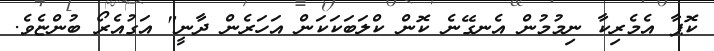
ކޮޕާ އެމެރިކާ ނިމުމުން އެނގޭނެ ކޮން ކްލަބަކަކަން އަހަރެން ދާނީ" އަގުއެރޯ ބުންޏެވެ.